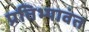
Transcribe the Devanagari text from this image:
प्रतिभ्यावंत